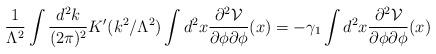
LaTeX: \begin{align*} \frac{1}{\Lambda^2}\int \frac{d^2k}{(2\pi)^2}K'(k^2/\Lambda^2)\int d^2x\frac{\partial^2 {\cal V}}{\partial \phi\partial \phi}(x)=-\gamma_1\int d^2x\frac{\partial^2 {\cal V}}{\partial \phi\partial \phi}(x)\end{align*}